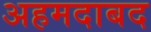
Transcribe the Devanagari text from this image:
अहमदाबद